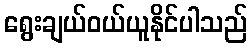
ရွေးချယ်ဝယ်ယူနိုင်ပါသည်